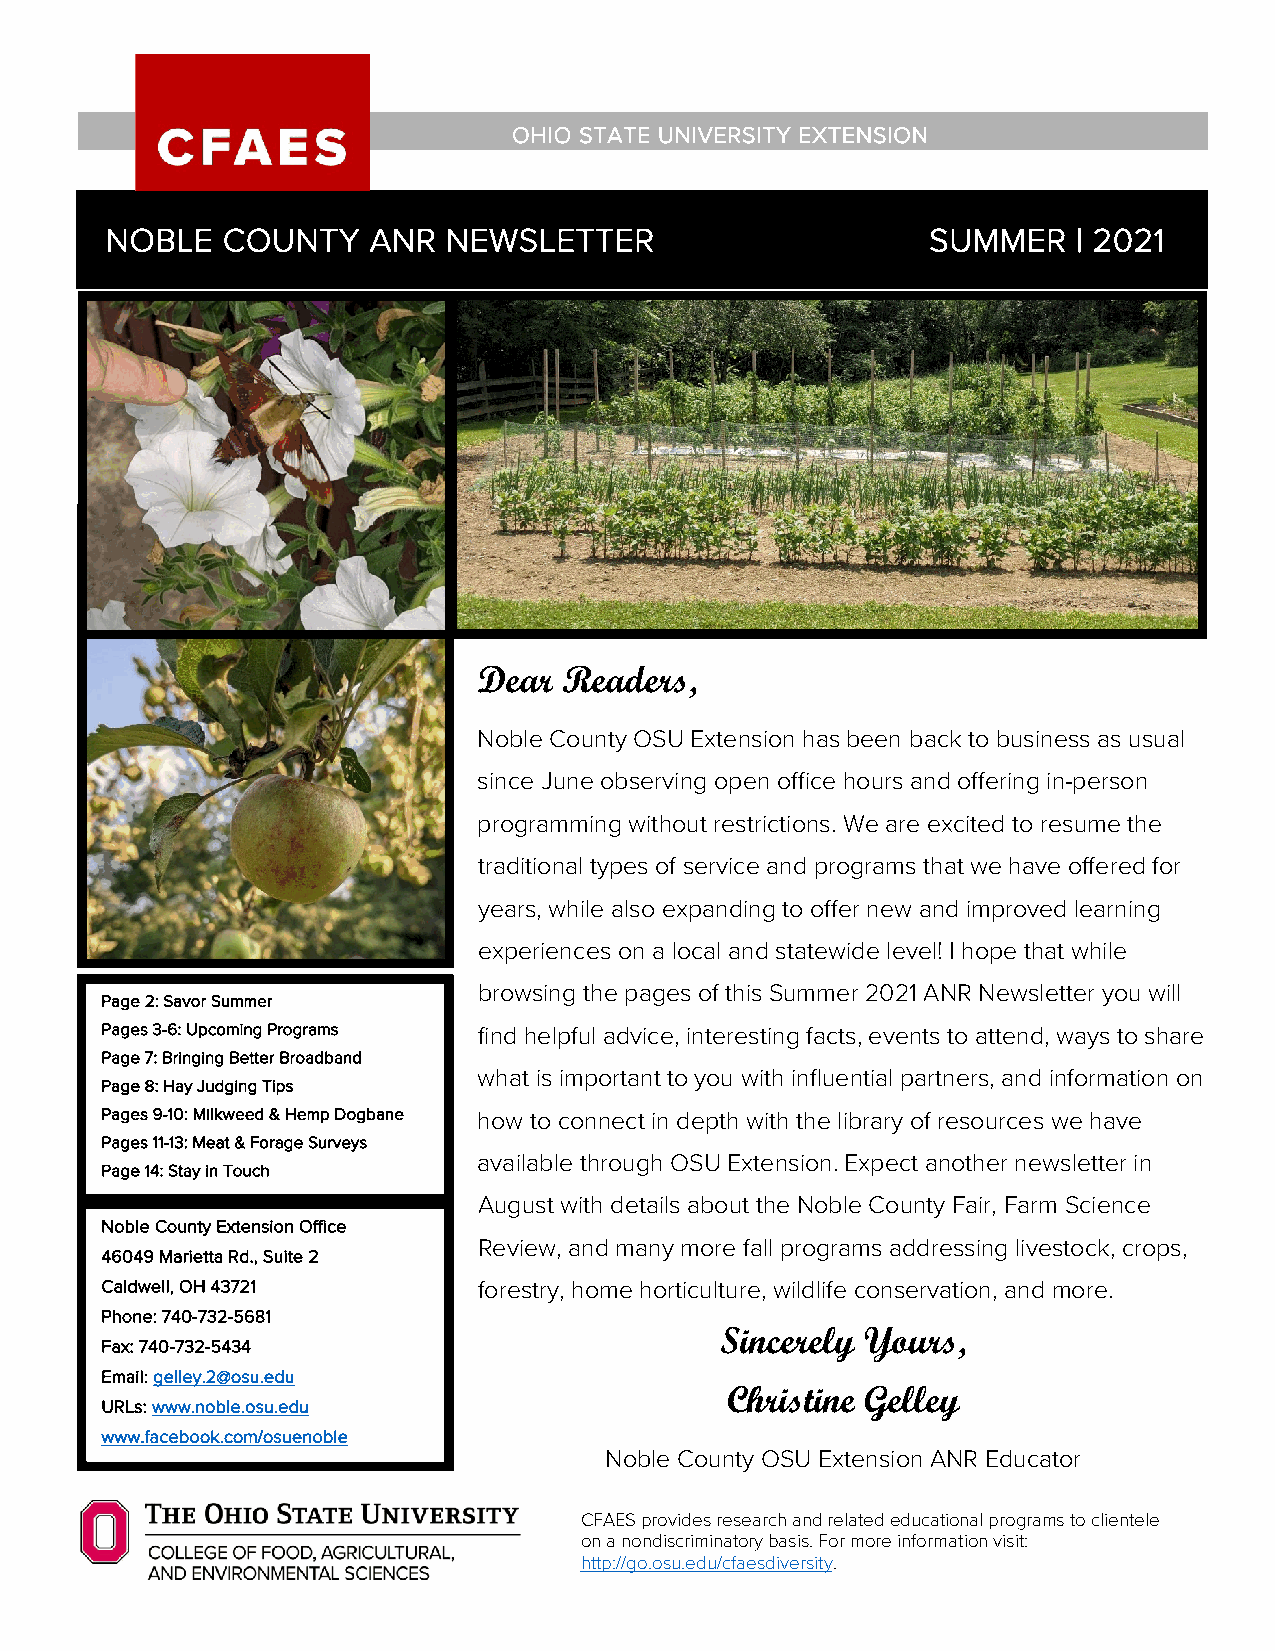
OHIO STATE UNIVERSITY EXTENSION
 NOBLE   COUNTY   ANR   NEWSLETTER                      SUMMER   | 2021
 Dear Readers,
 Noble County OSU Extension has been back to business as usual
 since June observing open office hours and offering in-person
 programming without restrictions. We are excited to resume the
 traditional types of service and programs that we have offered for
 years, while also expanding to offer new and improved learning
 experiences on a local and statewide level! I hope that while
 browsing the pages of this Summer 2021 ANR Newsletter you will
 Page 2 : Savor Summer
 Pages 3-6: Upcoming Programs find helpful advice, interesting facts, events to attend, ways to share
 Page 7: Bringing Better Broadband
 what is important to you with influential partners, and information on
 Page 8: Hay Judging Tips
 Pages 9-10: Milkweed & Hemp Dogbane how to connect in depth with the library of resources we have
 Pages 11-13: Meat & Forage Surveys
 available through OSU Extension. Expect another newsletter in
 Page 14: Stay in Touch
 August with details about the Noble County Fair, Farm Science
 Noble County Extension Office
 Review, and many more fall programs addressing livestock, crops,
 46049 Marietta Rd., Suite 2
 Caldwell, OH 43721       forestry, home horticulture, wildlife conservation, and more.
 Phone: 740-732-5681
 Sincerely Yours,
 Fax: 740-732-5434
 Email: gelley.2@osu.edu
 Christine Gelley
 URLs: www.noble.osu.edu
 www.facebook.com/osuenoble
 Noble County OSU Extension ANR Educator
 CFAES provides research and related educational programs to clientele
 on a nondiscriminatory basis. For more information visit:
 http://go.osu.edu/cfaesdiversity.